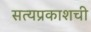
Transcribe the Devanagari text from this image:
सत्यप्रकाशची